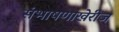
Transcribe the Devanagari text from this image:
संभाषणाखेरीज